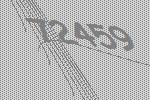
72459